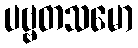
ပဗ္ဗတသမော